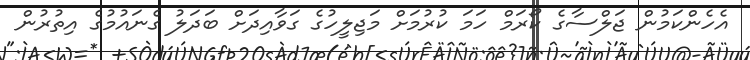
އެހެންކަމުން ޖަލްސާގެ ކޯރަމް ހަމަ ކުރުމަށް މަޖިލީހުގެ ގަވާއިދަށް ބަދަލު ގެނައުމުގެ އިތުރުން